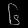
Digit: ၆